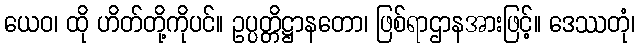
ယေဝ၊ ထို ဟိတ်တို့ကိုပင်။ ဥပ္ပတ္တိဋ္ဌာနတော၊ ဖြစ်ရာဌာနအားဖြင့်။ ဒေဿတုံ၊